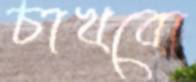
চাখবো